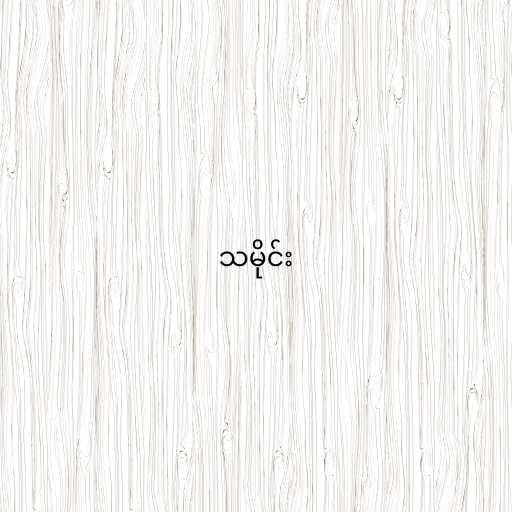
သမိုင်း